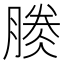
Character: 𣎎